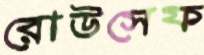
রোউসেফ